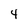
Character: 4